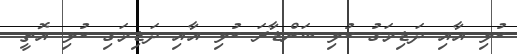
ކުޅި އާއި ދަޑިމަގު ކުޅި ބަންޑާރަ ކުޅި އާއި ދަޑިމަގި ކުޅި އޮތީ